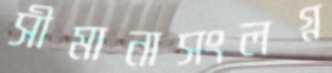
সীমানাসংলগ্ন